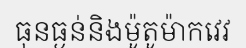
ធុនធ្ងន់និងម៉ូតូម៉ាកវេវ